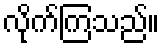
လိုက်ကြသည်။